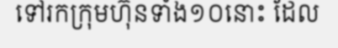
ទៅរកក្រុមហ៊ុនទាំង១០នោះ ដែល